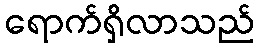
ရောက်ရှိလာသည်